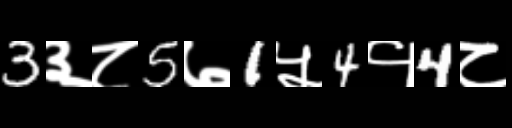
Text: 3३८5७1५4१4८